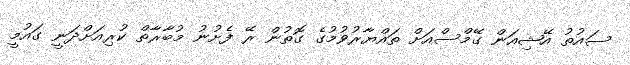
ސައުތު އޭޝިއަން ގޭމްސްއަށް ތައްޔާރުވުމުގެ ގޮތުން ރޭ ފެށުނު މުބާރާތް ކުރިއަށްދަނީ ގައުމީ